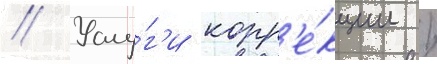
// Услу́г'и корр'е́кции /